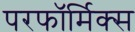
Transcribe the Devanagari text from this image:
परफॉर्मिक्स